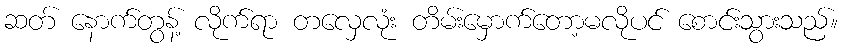
ဆတ် နောက်တွန့် လိုက်ရာ တလှေလုံး တိမ်းမှောက်တော့မလိုပင် စောင်းသွားသည်။